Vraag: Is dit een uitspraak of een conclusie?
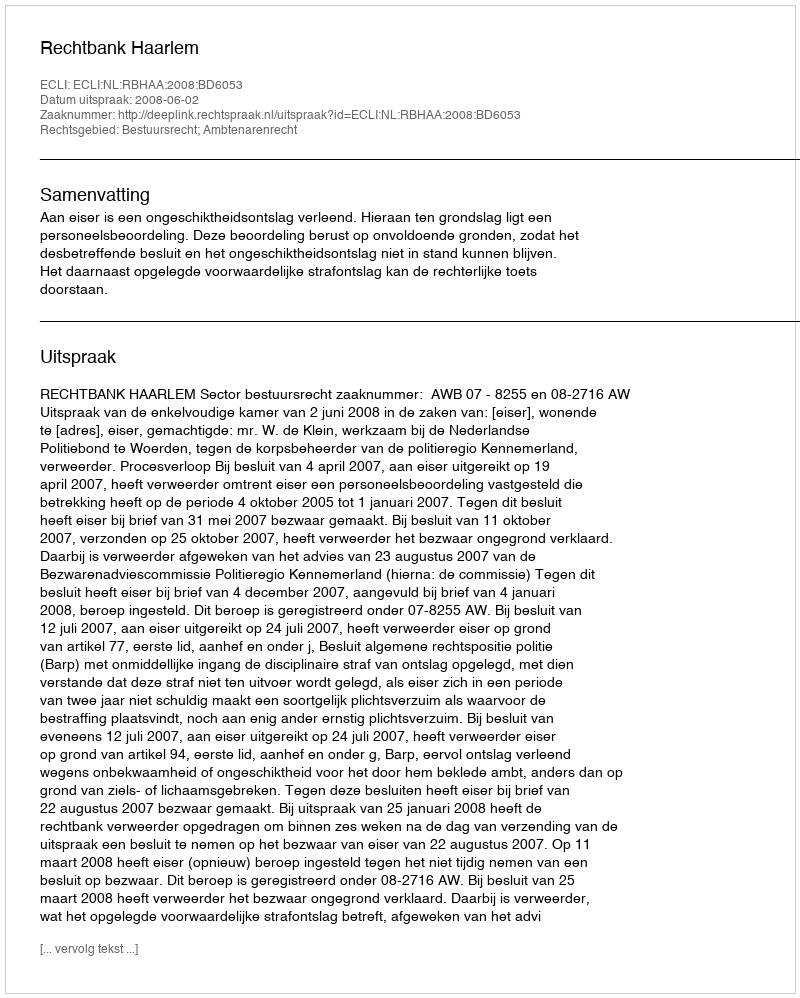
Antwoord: Uitspraak